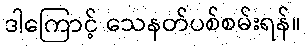
ဒါကြောင့် သေနတ်ပစ်စမ်းရန်။